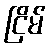
ငြိမ်